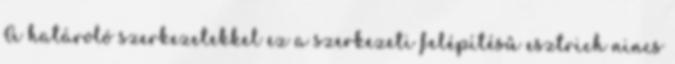
A határoló szerkezetekkel ez a szerkezeti felépítésű esztrich nincs